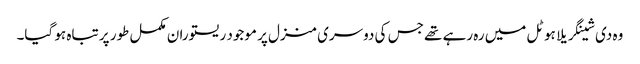
وہ دی شینگریلا ہوٹل میں رہ رہے تھے جس کی دوسری منزل پر موجود ریستوران مکمل طور پر تباہ ہو گیا۔